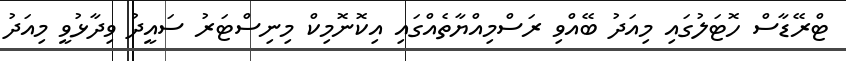
ޓްރޭޑާސް ހޮޓަލުގައި މިއަދު ބޭއްވި ރަސްމިއްޔާތެއްގައި އިކޮނޮމިކް މިނިސްޓަރު ސައީދު ވިދާޅުވީ މިއަދު